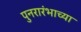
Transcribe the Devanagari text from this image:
पुनरारंभाच्या